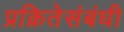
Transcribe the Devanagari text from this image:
प्रक्रितेसंबंधी